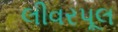
લીવરપૂલ